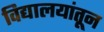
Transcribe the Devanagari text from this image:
विद्यालयांतून